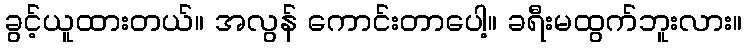
ခွင့်ယူထားတယ်။ အလွန် ကောင်းတာပေါ့။ ခရီးမထွက်ဘူးလား။